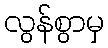
လွန်စွာမှ